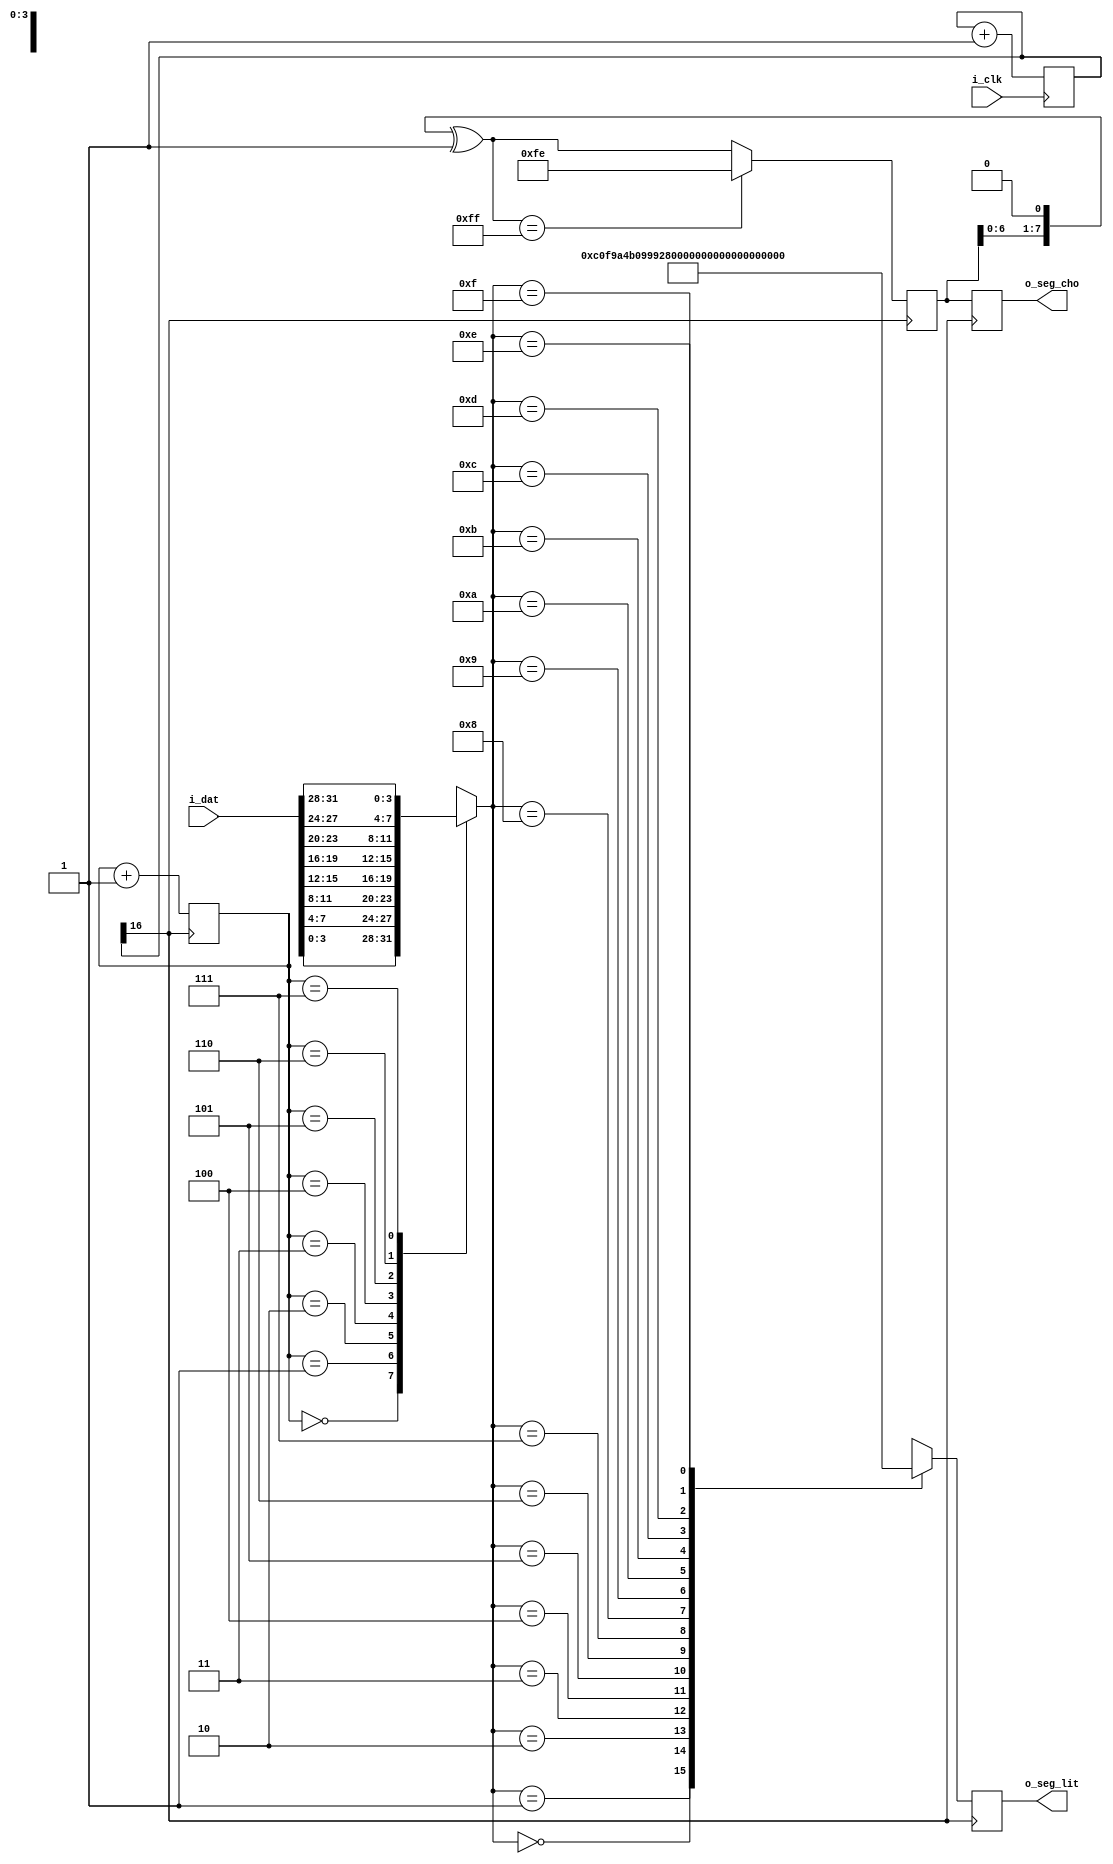
`timescale 1ns / 1ps

module segtube(
    input i_clk,
    input [31:0] i_dat,
    output reg[7:0] o_seg_cho,
    output reg[7:0] o_seg_lit
);

/****************************************************************
 port           I/O     Src/Dst     Description
 i_clk           I      H'ware      FPGA clock signal
 i_dat           I      Key_Seg     Data to display
 o_seg_cho       O      Key_Seg     Segment tube select signal
 o_seg_lit       O      Key_Seg     Segment tube data
****************************************************************/

wire[7:0] num2seg [15:0];
assign num2seg[0] = 8'b1100_0000; // 0
assign num2seg[1] = 8'b1111_1001; // 1
assign num2seg[2] = 8'b1010_0100; // 2
assign num2seg[3] = 8'b1011_0000; // 3
assign num2seg[4] = 8'b1001_1001; // 4
assign num2seg[5] = 8'b1001_0010; // 5
assign num2seg[6] = 8'b1000_0010; // 6
assign num2seg[7] = 8'b1111_1000; // 7
assign num2seg[8] = 8'b1000_0000; // 8
assign num2seg[9] = 8'b1001_0000; // 9
assign num2seg[10] = 8'b1000_1000; // A
assign num2seg[11] = 8'b1000_0011; // B
assign num2seg[12] = 8'b1100_0110; // C
assign num2seg[13] = 8'b1010_0001; // D
assign num2seg[14] = 8'b1000_0110; // E
assign num2seg[15] = 8'b1000_1110; // F

wire [3:0] val [7:0];

assign val[0] = {i_dat[3:0]};
assign val[1] = {i_dat[7:4]};
assign val[2] = {i_dat[11:8]};
assign val[3] = {i_dat[15:12]};
assign val[4] = {i_dat[19:16]};
assign val[5] = {i_dat[23:20]};
assign val[6] = {i_dat[27:24]};
assign val[7] = {i_dat[31:28]};

reg [16:0] cnt;

always @(posedge i_clk)
begin
    cnt <= cnt + 1'b1;
end

wire seg_clk;
assign seg_clk = cnt[16];

reg [2:0] counter = 3'b000;
reg [7:0] cho = 8'b1111_1110;
reg [7:0] tmp = 8'b1111_1110;

always @(posedge seg_clk)
begin
    o_seg_cho = cho;
    o_seg_lit = num2seg[val[counter]];
    counter = counter + 1'b1;
    tmp = (cho << 1'b1) ^ 1'b1;
    cho = (tmp == 8'b1111_1111)? 8'b1111_1110:tmp;
end

endmodule